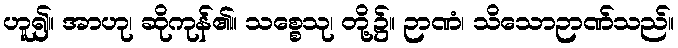
ဟူ၍။ အာဟု၊ ဆိုကုန်၏။ သစ္စေသု၊ တို့၌။ ဉာဏံ၊ သိသောဉာဏ်သည်။